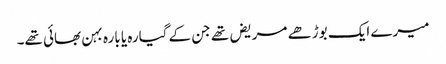
میرے ایک بوڑھے مریض تھے جن کے گیارہ یا بارہ بہن بھائی تھے۔